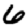
Digit: 6